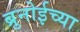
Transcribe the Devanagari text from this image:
ब्रुनोईच्या